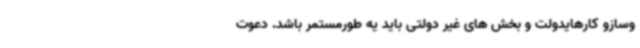
وسازو کارهایدولت و بخش های غیر دولتی باید یه طورمستمر باشد. دعوت